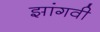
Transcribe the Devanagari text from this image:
झांगवी